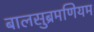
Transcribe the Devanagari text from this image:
बालसुब्रमणियम